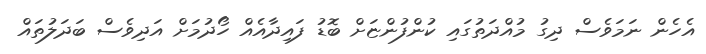
އެހެން ނަމަވެސް ދިގު މުއްދަތުގައި ކުންފުންޏަށް ބޮޑު ފައިދާއެއް ހޯދުމަށް އަދިވެސް ބަދަލުތައް